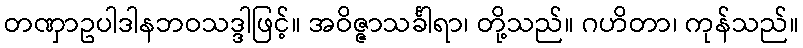
တဏှာဥပါဒါနဘဝသဒ္ဒါဖြင့်။ အဝိဇ္ဇာသင်္ခါရာ၊ တို့သည်။ ဂဟိတာ၊ ကုန်သည်။